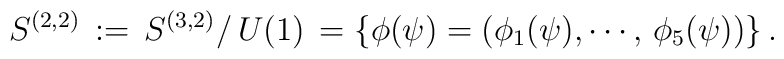
S^{(2,2)} \,: = \, S^{(3,2)}/ \,U(1) \,= \{\phi(\psi) = (\phi_1(\psi), \cdots, \,\phi_5(\psi))\} \,.